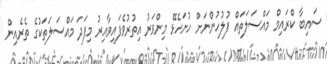
ސައިބާ ކްރައިމް މައްސަލަތައް ފުލުހުންނަށް ހުށަހެޅޭ މިންވަރު އިތުރުވެފައިވާއިރު މިފަދަ މައްސަލަތަކުގެ ތެރެއިން